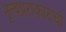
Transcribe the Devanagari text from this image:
नृत्यप्रराकाराची